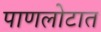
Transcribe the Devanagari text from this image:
पाणलोटात